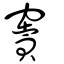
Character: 竇